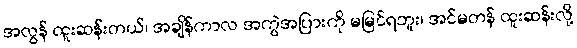
အလွန် ထူးဆန်းတယ်၊ အချိန်ကာလ အကွဲအပြားကို မမြင်ရဘူး၊ အင်မတန် ထူးဆန်းလို့